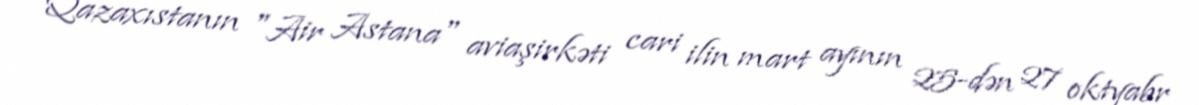
Qazaxıstanın "Air Astana" aviaşirkəti cari ilin mart ayının 25-dən 27 oktyabr